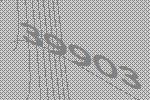
39903